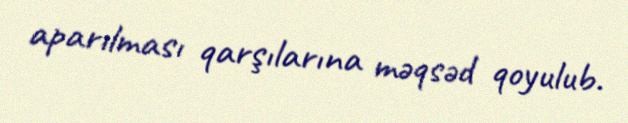
aparılması qarşılarına məqsəd qoyulub.